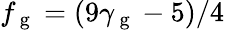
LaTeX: f_{\mathrm{~g~}}=(9\gamma_{\mathrm{~g~}}-5)/4